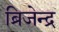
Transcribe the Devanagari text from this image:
ब्रिजेन्द्र